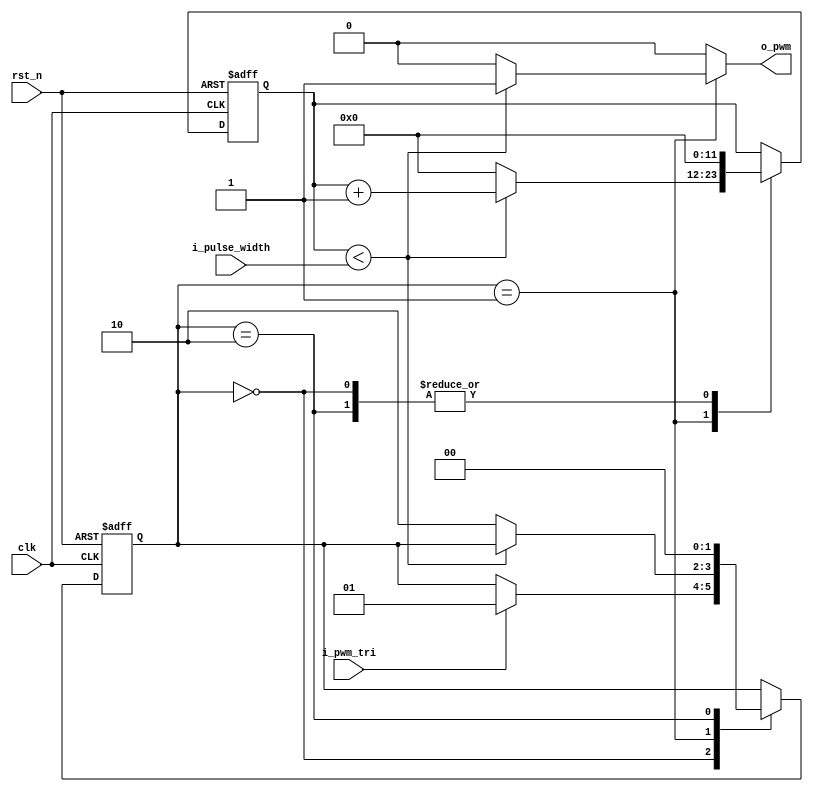
`default_nettype none

module pwm_gen(
    input   wire        clk,
    input   wire        rst_n,
    input   wire        i_pwm_tri,
    input   wire [11:0] i_pulse_width,
    output  reg         o_pwm
);

reg [11:0] counter_reg, counter_next;
reg [1:0] state_reg, state_next;

localparam  S_IDLE  = 2'b00,
            S_PWM   = 2'b01,
            S_END   = 2'b10;

always @(posedge clk or negedge rst_n) begin
    if(!rst_n) begin
        counter_reg <= 12'd0;
        state_reg <= S_IDLE;
    end else begin
        counter_reg <= counter_next;
        state_reg <= state_next;
    end
end

always @(*) begin
    // counter_next = counter_reg;
    // state_next = state_reg;

    case(state_reg) 
        S_IDLE: begin
            o_pwm = 0;
            counter_next = 12'd0;
            if(i_pwm_tri) state_next = S_PWM;
            else state_next = state_reg;
        end

        S_PWM: begin
            if(counter_reg < i_pulse_width) begin
                o_pwm = 1;
                counter_next = counter_reg + 1'b1;
                state_next = state_reg;
            end else begin
                o_pwm = 0;
                counter_next = 12'd0;
                state_next = S_END;
            end
        end

        S_END: begin
            o_pwm = 0;
            state_next = S_IDLE;
            counter_next = 12'd0;
        end

        default: begin
            o_pwm = 0;
            state_next = state_reg;
            counter_next = counter_reg;
        end
    endcase
end

endmodule